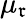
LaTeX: \mu_{\mathfrak{r}}